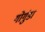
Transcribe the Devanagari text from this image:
गोगुंडा